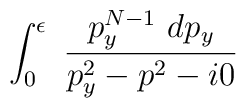
\int_0^{\epsilon}~ \frac{p_y^{N-1}~ dp_y}{p_y^2 - p^2 - i0}